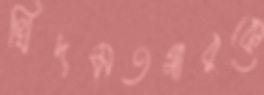
খিদমতগারকে